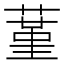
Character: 蓳